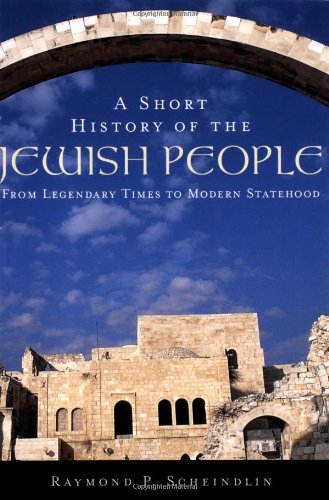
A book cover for A Short History of the Jewish People: From Legendary Times to Modern Statehood; Raymond P. Scheindlin; History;